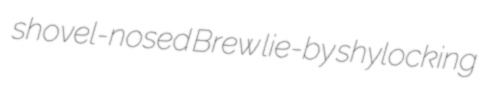
shovel-nosed Brew lie-by shylocking